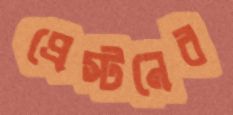
প্রেস্টনের